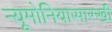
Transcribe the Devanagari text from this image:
न्यूमोनियासारखी